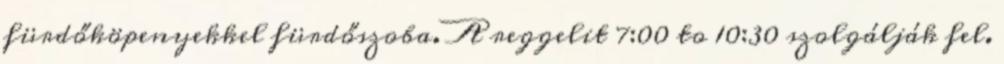
fürdőköpenyekkel fürdőszoba. A reggelit 7:00 to 10:30 szolgálják fel.